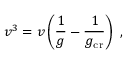
v ^ { 3 } = v \left( \frac { 1 } { g } - \frac { 1 } { g _ { \mathrm { c r } } } \right) \ ,